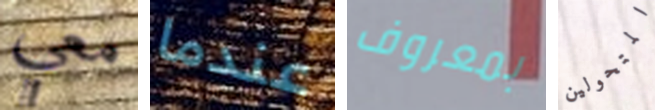
معي عندما بمعروف المتحولين